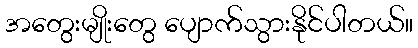
အတွေးမျိုးတွေ ပျောက်သွားနိုင်ပါတယ်။